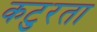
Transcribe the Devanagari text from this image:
कटुरता